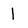
Character: 1